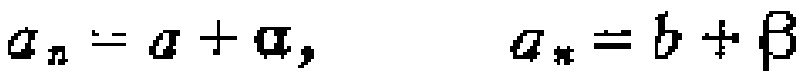
\(a_{n}=a + \alpha, \quad a_{*}=b+\beta\)